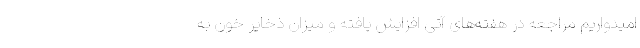
امیدواریم مراجعه در هفته‌های آتی افزایش یافته و میزان ذخایر خون به